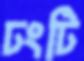
ঢংটি